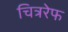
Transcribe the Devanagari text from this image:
चित्ररेफ